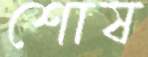
শোষ